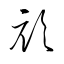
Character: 頑